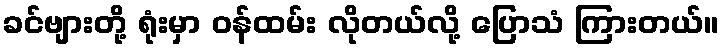
ခင်ဗျားတို့ ရုံးမှာ ဝန်ထမ်း လိုတယ်လို့ ပြောသံ ကြားတယ်။